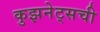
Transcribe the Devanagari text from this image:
कुझनेट्सची